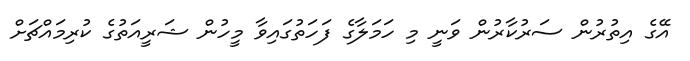
އޭގެ އިތުރުން ސަރުކާރުން ވަނީ މި ހަމަލާގެ ފަހަތުގައިވާ މީހުން ޝަރީއަތުގެ ކުރިމައްޗަށް